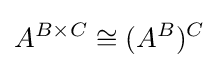
A^{B\times C}\cong (A^{B})^{C}